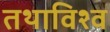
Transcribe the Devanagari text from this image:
तथाविश्व